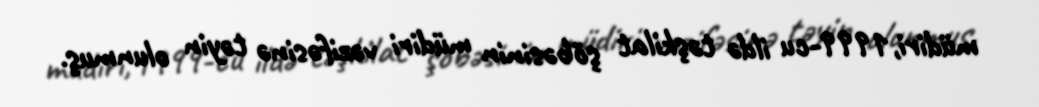
müdiri,1999-cu ildə təşkilat şöbəsinin müdiri vəzifəsinə təyin olunmuş.